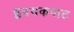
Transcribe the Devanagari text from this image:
हृदयकपाट